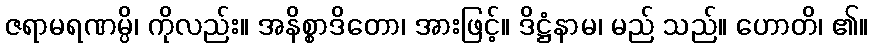
ဇရာမရဏမ္ပိ၊ ကိုလည်း။ အနိစ္စာဒိတော၊ အားဖြင့်။ ဒိဋ္ဌံနာမ၊ မည် သည်။ ဟောတိ၊ ၏။